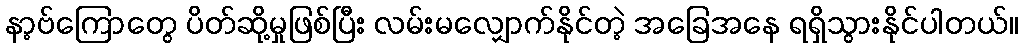
နာ့ဗ်ကြောတွေ ပိတ်ဆို့မှုဖြစ်ပြီး လမ်းမလျှောက်နိုင်တဲ့ အခြေအနေ ရရှိသွားနိုင်ပါတယ်။